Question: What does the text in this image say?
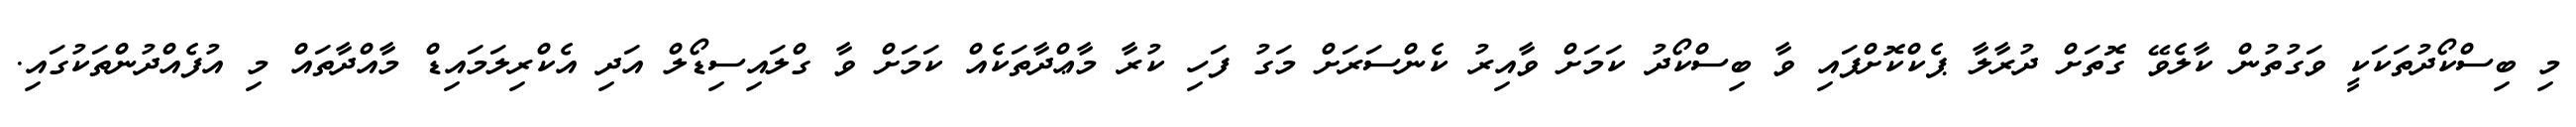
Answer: މި ބިސްކޯދުތަކަކީ ވަގުތުން ކާލެވޭ ގޮތަށް ދުރާލާ ޕެކްކޮށްފައި ވާ ބިސްކޯދު ކަމަށް ވާއިރު ކެންސަރަށް މަގު ފަހި ކުރާ މާޢްދާތަކެއް ކަމަށް ވާ ގްލައިސިޑޯލް އަދި އެކްރިލަމައިޑް މާއްދާތައް މި އުފެއްދުންތަކުގައި.